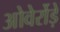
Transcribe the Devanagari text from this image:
ओवेर्रोड़े